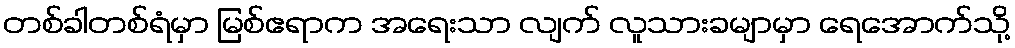
တစ်ခါတစ်ရံမှာ မြစ်ဧရာက အရေးသာ လျက် လူသားခမျာမှာ ရေအောက်သို့